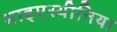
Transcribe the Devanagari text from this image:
माइएस्थीनिया